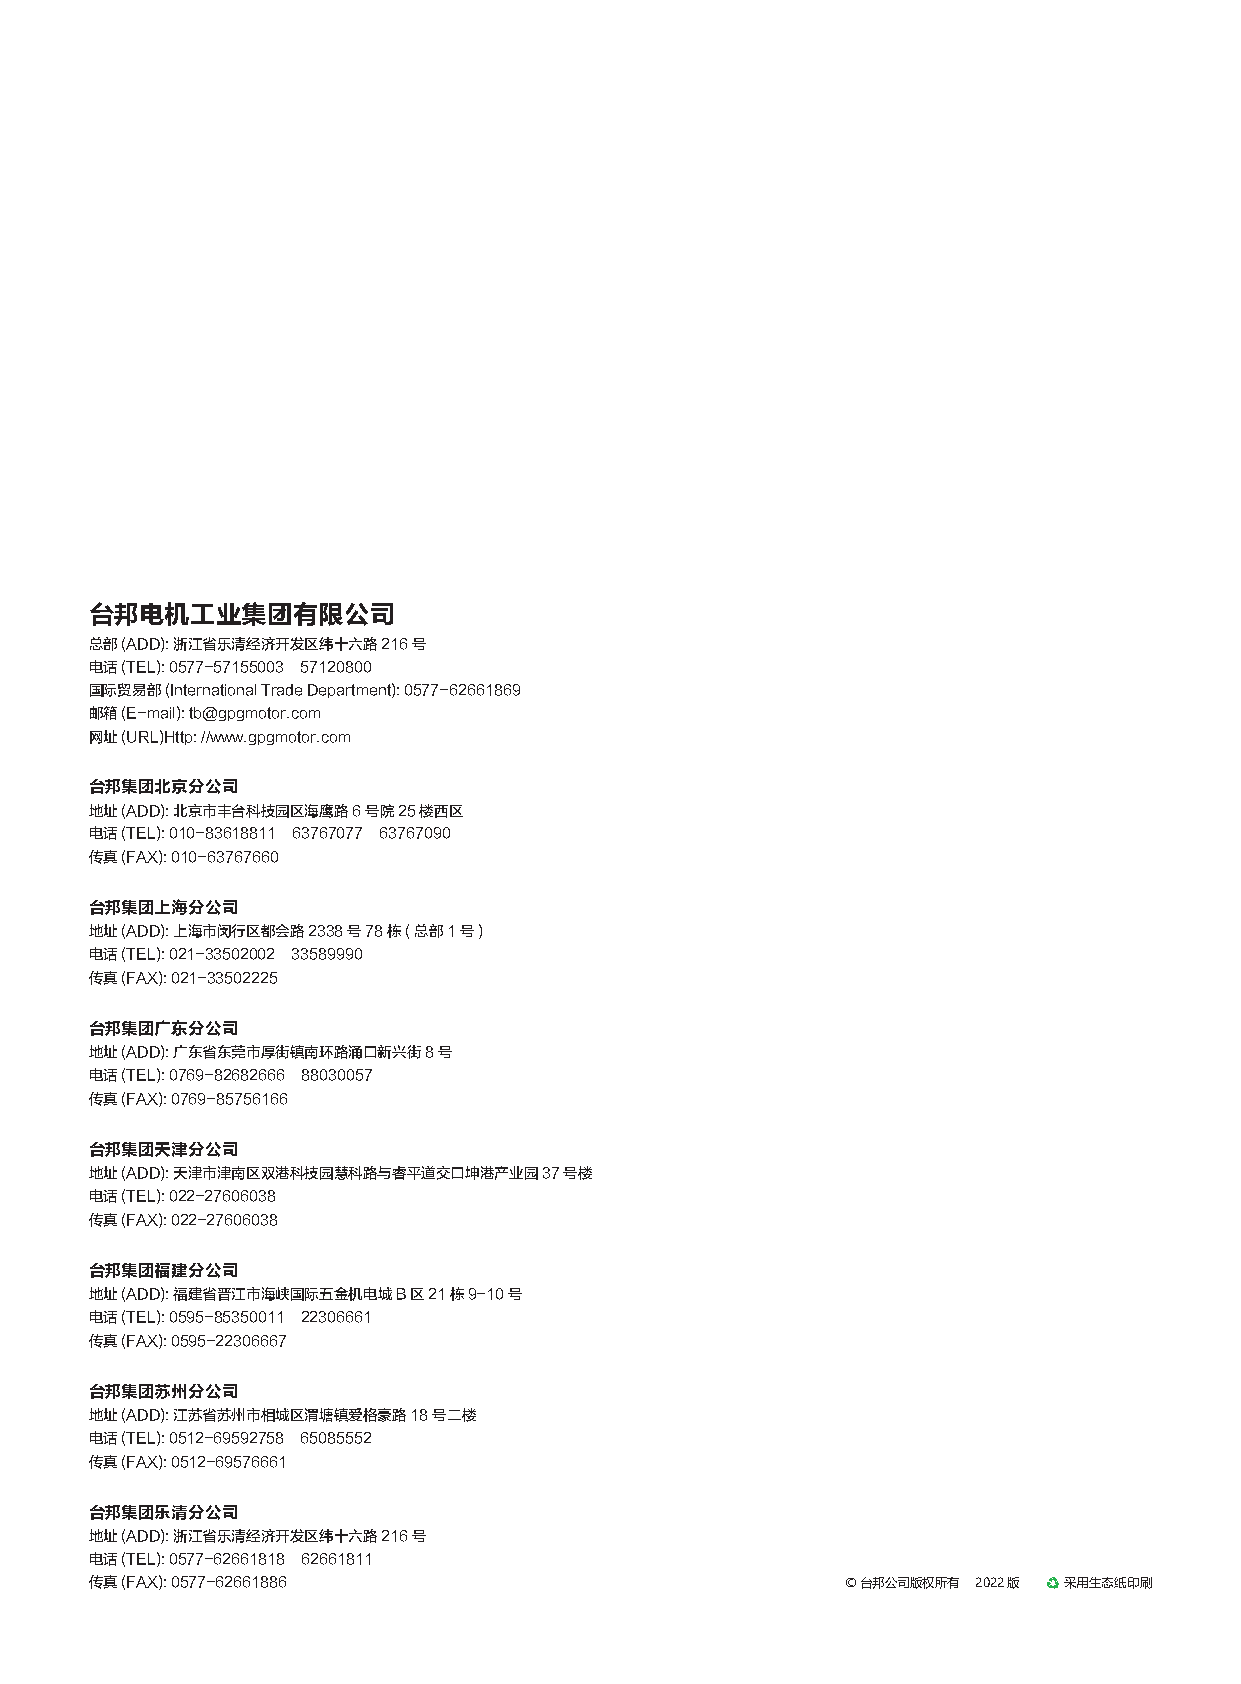
台邦电机工业集团有限公司
 总部(ADD): 浙江省乐清经济开发区纬十六路216号
 电话(TEL): 0577-57155003 57120800
 国际贸易部(International Trade Department): 0577-62661869
 邮箱(E-mail): tb@gpgmotor.com
 网址(URL)Http: //www.gpgmotor.com
 台邦集团北京分公司
 地址(ADD): 北京市丰台科技园区海鹰路6号院25楼西区
 电话(TEL): 010-83618811 63767077 63767090
 传真(FAX): 010-63767660
 台邦集团上海分公司
 地址(ADD): 上海市闵行区都会路2338号78栋(总部1号)
 电话(TEL): 021-33502002 33589990
 传真(FAX): 021-33502225
 台邦集团广东分公司
 地址(ADD): 广东省东莞市厚街镇南环路涌口新兴街8号
 电话(TEL): 0769-82682666 88030057
 传真(FAX): 0769-85756166
 台邦集团天津分公司
 地址(ADD): 天津市津南区双港科技园慧科路与睿平道交口坤港产业园37号楼
 电话(TEL): 022-27606038
 传真(FAX): 022-27606038
 台邦集团福建分公司
 地址(ADD): 福建省晋江市海峡国际五金机电城B区21栋9-10号
 电话(TEL): 0595-85350011 22306661
 传真(FAX): 0595-22306667
 台邦集团苏州分公司
 地址(ADD): 江苏省苏州市相城区渭塘镇爱格豪路18号二楼
 电话(TEL): 0512-69592758 65085552
 传真(FAX): 0512-69576661
 台邦集团乐清分公司
 地址(ADD): 浙江省乐清经济开发区纬十六路216号
 电话(TEL): 0577-62661818 62661811
 传真(FAX): 0577-62661886                            ©台邦公司版权所有 2022版 采用生态纸印刷